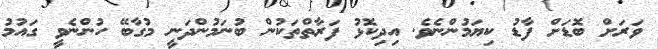
ވަރަށް ބޮޑަށް ފާޑު ކިޔަމުންނެވެ. އިދިކޮޅު ފަރާތްތަކުން ބުނަމުންދަނީ މުގާބޭ ހުންނެވީ ގައުމު